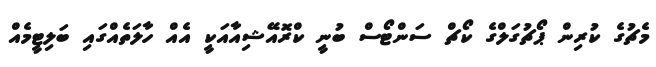
މެޗުގެ ކުރިން ޕޯޗުގަލްގެ ކޯޗް ސަންޓޯސް ބުނީ ކްރޮއޭޝިއާއަކީ އެއް ހާލަތެއްގައި ބަލިޓީމެއް